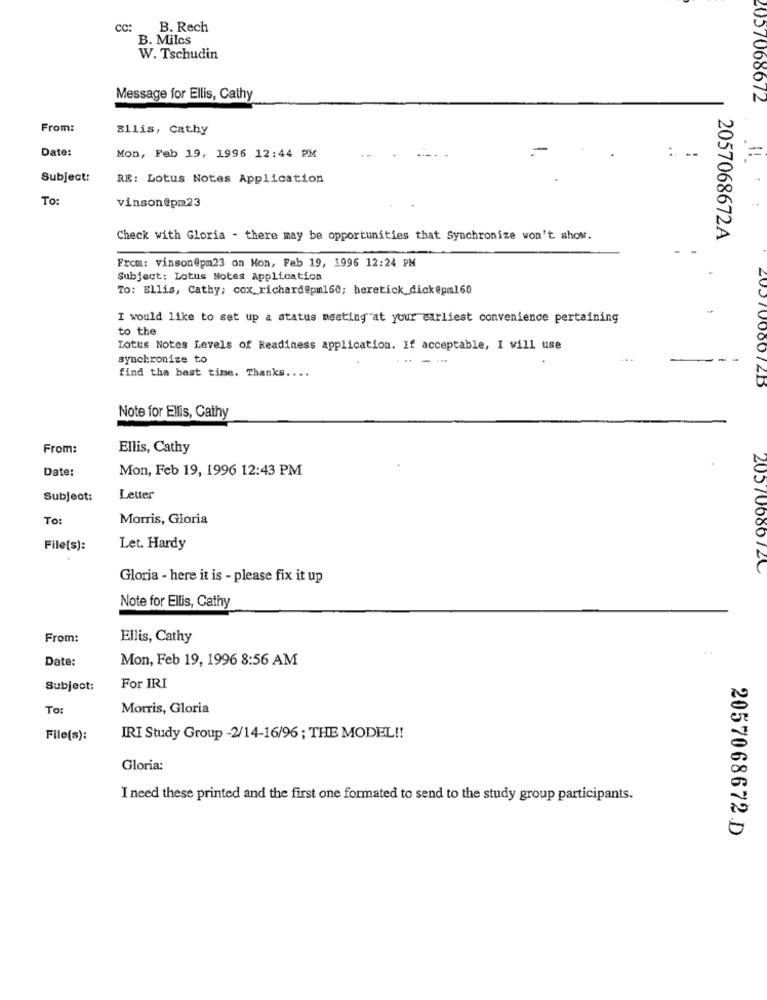
cc:
B. Rech
B. Milcs
W. Tschudin
Message for Ellis, Cathy
2057068672
From:
Ellis, Cathy
Date:
--
=
Mon, Feb 19, 1996 12:44 PM
Subject:
RE: Lotus Notes Application
To:
vinson@pm23
Check with Gloria - there may be opportunities that Synchronize won't show.
2057068672A
From: vinson@pm23 on Hon, Feb 19, 1996 12:24 PM
Subject: Lotus Notes Application
To: Ellis, Cathy; cox_richard@pm160; heretick_dickepm160
I would like to set up a status meeting at your earliest convenience pertaining
to the
Lotus Notes Levels of Readiness application. If acceptable, I will use
synchronize to
----
find the best time. Thanks ....
2057000072B
Note for Ellis, Cathy
From:
Ellis, Cathy
Date:
Mon, Feb 19, 1996 12:43 PM
Subject:
Letter
To:
Morris, Gloria
File(s):
Let. Hardy
20570686726
Gloria - here it is - please fix it up
Note for Ellis, Cathy
From:
Ellis, Cathy
Date:
Mon, Feb 19, 1996 8:56 AM
Subject:
For IRI
To:
Morris, Gloria
File(s):
IRI Study Group -2/14-16/96 ; THE MODEL !!
Gloria:
I need these printed and the first one formated to send to the study group participants.
2057068672.D